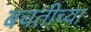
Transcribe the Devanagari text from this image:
बचतीच्या